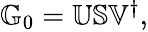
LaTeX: \begin{array}{r}{\mathbb{G}_{0}=\mathbb{U}\mathbb{S}\mathbb{V}^{\dagger},}\end{array}